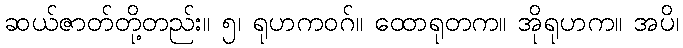
ဆယ်ဇာတ်တို့တည်း။ ၅၊ ရုဟကဝဂ်။ ထောရုတက။ အိုရုဟက။ အပိ၊